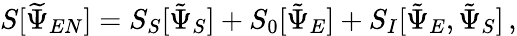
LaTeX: S[\widetilde{\Psi}_{EN}]=S_{S}[\tilde{\Psi}_{S}]+S_{0}[\tilde{\Psi}_{E}]+S_{I}[\tilde{\Psi}_{E},\tilde{\Psi}_{S}]\, ,